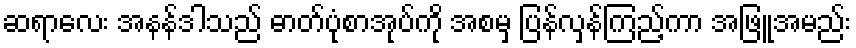
ဆရာလေး အနန်ဒါသည် ဓာတ်ပုံစာအုပ်ကို အစမှ ပြန်လှန်ကြည့်ကာ အဖြူအမည်း